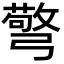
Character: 𢐧